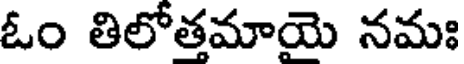
ఓం తిలోతమాయె నమః